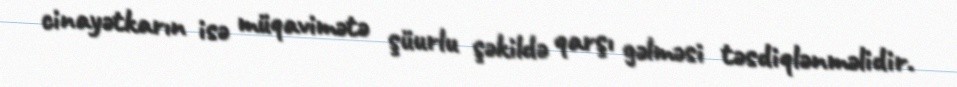
cinayətkarın isə müqavimətə şüurlu şəkildə qarşı gəlməsi təsdiqlənməlidir.